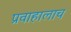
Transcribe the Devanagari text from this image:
प्रवाहालाच